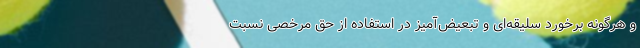
و هرگونه برخورد سلیقه‌ای و تبعیض‌آمیز در استفاده از حق مرخصی نسبت